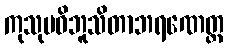
ကုသုမဝိဘူသိတာဘရဏေတ္ထ